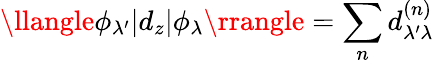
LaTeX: \llangle\phi_{\lambda^{\prime}}|d_{z}|\phi_{\lambda}\rrangle=\sum_{n}d_{\lambda^{\prime}\lambda}^{(n)}